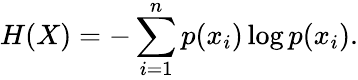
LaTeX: H(X)=-\sum_{i=1}^{n}p(x_{i})\log p(x_{i}).